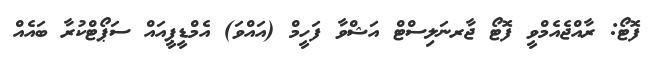
ފޮޓޯ: ރާއްޖެއެމްވީ ފޮޓޯ ޖާރނަލިސްޓް އަޝްވާ ފަހީމް (އައްވަ) އެމްޑީޕީއައް ސަޕޯޓްކުރާ ބައެއް